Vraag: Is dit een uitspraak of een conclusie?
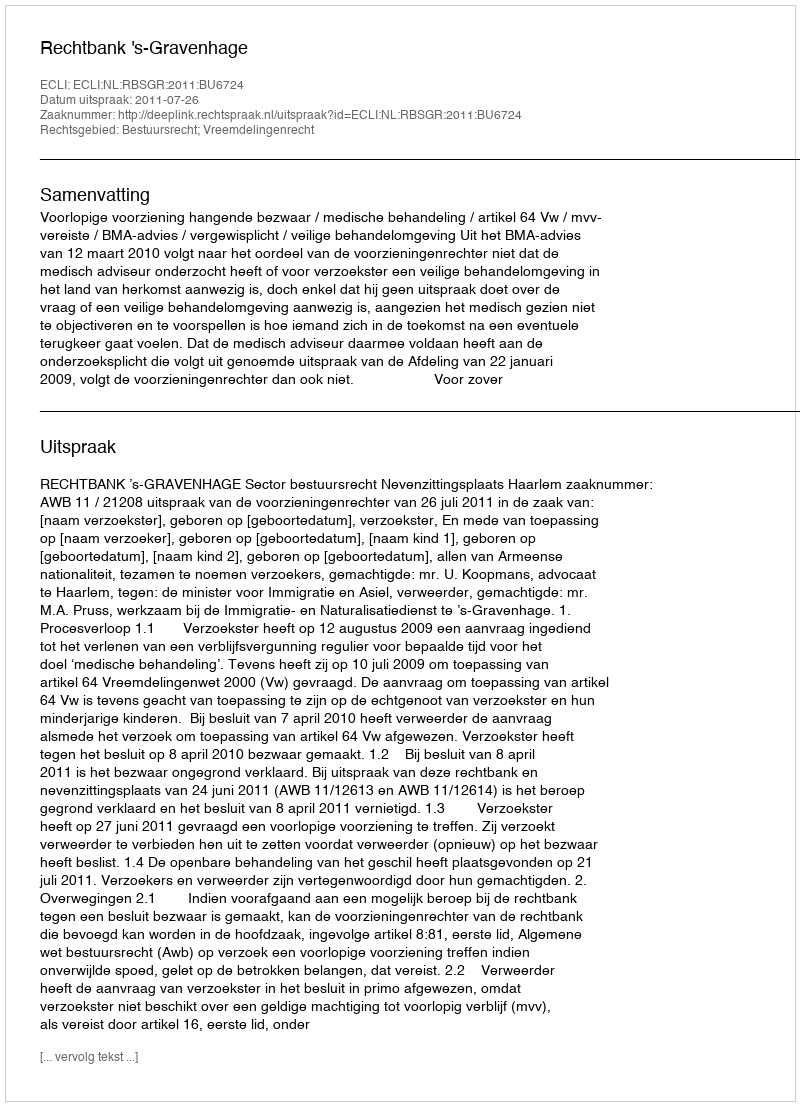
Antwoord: Uitspraak